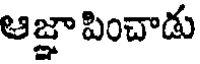
ఆజ్ఞా పించాడు